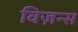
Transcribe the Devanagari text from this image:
विज़न्स